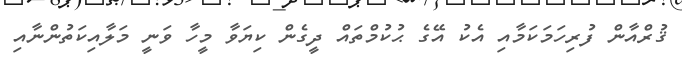
ޤުރްއާން ފުރިހަމަކަމާއި އެކު އޭގެ ޙުކުމްތައް ދީގެން ކިޔަވާ މީހާ ވަނީ މަލާއިކަތުންނާއި